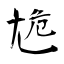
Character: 尯